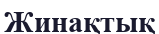
Жинақтық